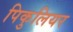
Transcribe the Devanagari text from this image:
पिकुलियर